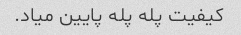
کیفیت پله پله پایین میاد.